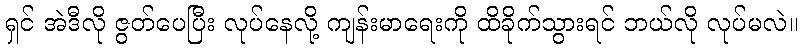
ရှင် အဲဒီလို ဇွတ်ပေပြီး လုပ်နေလို့ ကျန်းမာရေးကို ထိခိုက်သွားရင် ဘယ်လို လုပ်မလဲ။